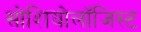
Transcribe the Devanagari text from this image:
सोशियोलॉजिस्ट